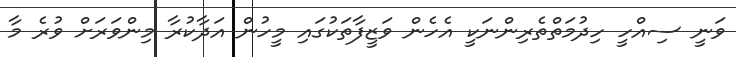
ވަނީ ސިއްހީ ހިދުމަތްތެރިންނަކީ އެހެން ވަޒީފާތަކުގައި މީހުން އަދާކުރާ މިންވަރަށް ވުރެ މާ